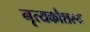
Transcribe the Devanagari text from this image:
नृत्यकौशल्य